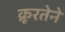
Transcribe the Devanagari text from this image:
क्रूरतेने